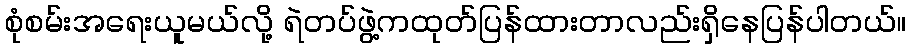
စုံစမ်းအရေးယူမယ်လို့ ရဲတပ်ဖွဲ့ကထုတ်ပြန်ထားတာလည်းရှိနေပြန်ပါတယ်။